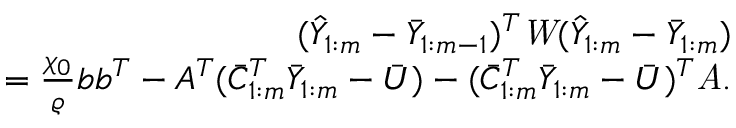
\begin{array} { r } { ( \hat { Y } _ { 1 : m } - \bar { Y } _ { 1 : m - 1 } ) ^ { T } \emph W ( \hat { Y } _ { 1 : m } - \bar { Y } _ { 1 : m } ) } \\ { = \frac { \chi _ { 0 } } { \varrho } b b ^ { T } - A ^ { T } ( \bar { C } _ { 1 : m } ^ { T } \bar { Y } _ { 1 : m } - \bar { U } ) - ( \bar { C } _ { 1 : m } ^ { T } \bar { Y } _ { 1 : m } - \bar { U } ) ^ { T } \emph A . } \end{array}